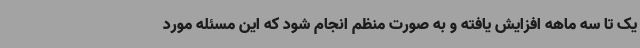
یک تا سه ماهه افزایش یافته و به صورت منظم انجام شود که این مسئله مورد